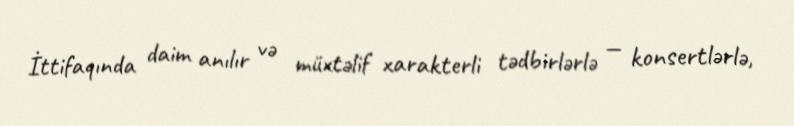
İttifaqında daim anılır və müxtəlif xarakterli tədbirlərlə — konsertlərlə,